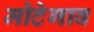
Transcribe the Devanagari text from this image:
मोटेगाव